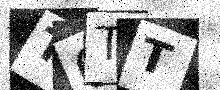
Text: T0TT